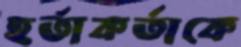
হর্তাকর্তাকে